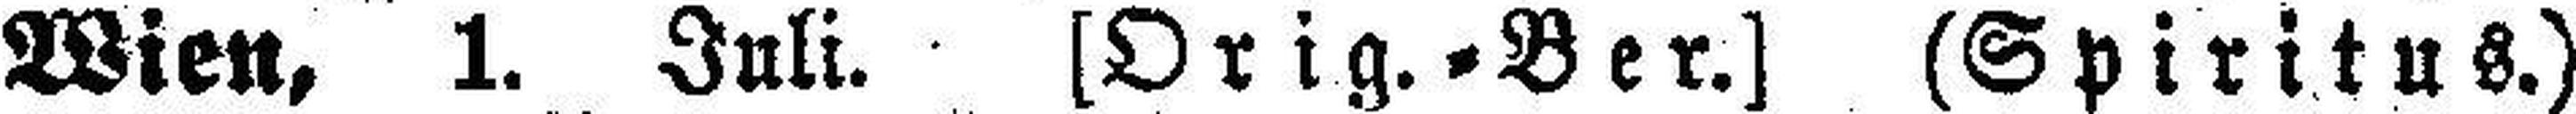
Wien, 1. Juli. [Orig.=Ber.] (Spiritus.)